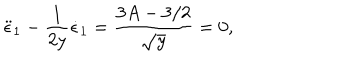
\ddot { \epsilon } _ { 1 } - \frac { 1 } { 2 y } \dot { \epsilon } _ { 1 } = \frac { 3 A - 3 / 2 } { \sqrt { y } } = 0 ,